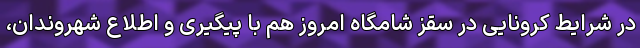
در شرایط کرونایی در سقز شامگاه امروز هم با پیگیری و اطلاع شهروندان،